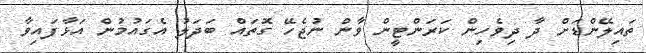
ތައިލޭންޑަށް ދާ ދިވެހިން ކަރަންޓީން ވާން ނުޖެހޭ ގޮތައް ބަދަލު އެގައުމުން އަޅާފައިވާ